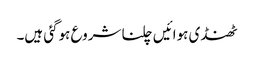
ٹھنڈی ہوائیں چلنا شروع ہوگئی ہیں۔